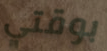
بوقتي